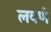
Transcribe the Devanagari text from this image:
लवणें